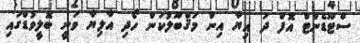
ސްޓޫޑެންޓް އޮފް ދަ އިޔާ އިން މަޤްބޫލުކަން ހޯދި އާލިޔާ ވަނީ ބޮލީވުޑްގައި